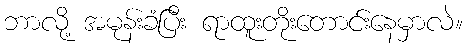
ဘာလို့ အမုန်းခံပြီး ရာထူးတိုးတောင်းနေမှာလဲ။